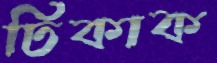
ঢিকাক